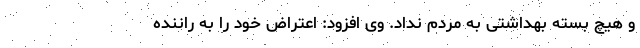
و هیچ بسته بهداشتی به مردم نداد. وی افزود: اعتراض خود را به راننده